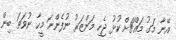
އޭނާ މަގު މައްޗަށް ކުޅު ޖެހި މަންޒަރު ނުފެންނަ މީހާ ނުވަތަ ބިން